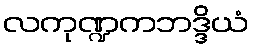
လကုဏ္ဍကဘဒ္ဒိယံ